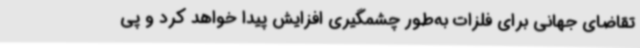
تقاضای جهانی برای فلزات به‌طور چشمگیری افزایش پیدا خواهد کرد و پی